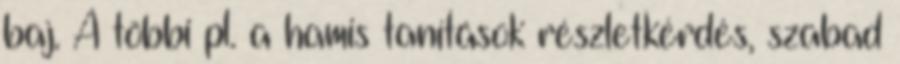
baj. A többi pl. a hamis tanítások részletkérdés, szabad